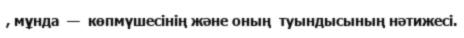
, мұнда  —  көпмүшесінің және оның  туындысының нәтижесі.